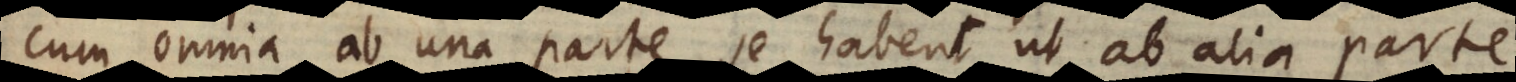
cum omnia ab una parte se habent ut ab alia parte